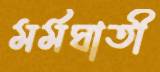
মর্মঘাতী